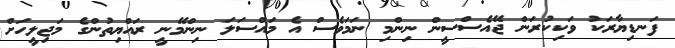
ފަނޑިޔާރަކު ވަކިކުރަން ޖޭއެސްސީން ނިންމި ނަމަވެސް އެ މައްސަލަ ނިންމޭނީ ރައްޔިތުންގެ މަޖިލީހަށް